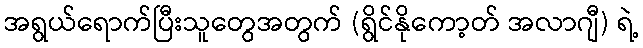
အရွယ်ရောက်ပြီးသူတွေအတွက် (ရွိင်နိုကော့တ် အလာဂျီ) ရဲ့